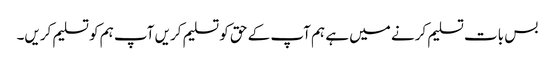
بس بات تسلیم کرنے میں ہے ہم آپ کے حق کو تسلیم کریں آپ ہم کو تسلیم کریں۔